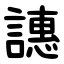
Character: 譓